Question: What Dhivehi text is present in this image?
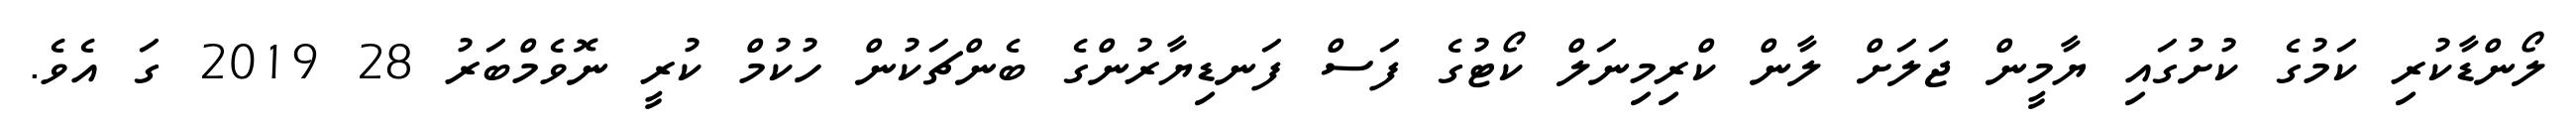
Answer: ލޯންޑާކުރި ކަމުގެ ކުށުގައި ޔާމީން ޖަލަށް ލާން ކްރިމިނަލް ކޯޓުގެ ފަސް ފަނޑިޔާރުންގެ ބެންޗަކުން ހުކުމް ކުރީ ނޮވެމްބަރު 28 2019 ގަ އެވެ.